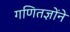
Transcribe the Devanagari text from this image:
गणितज्ञोंने